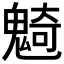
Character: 𩳣